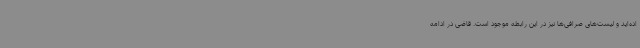
اده‌اید و لیست‌های صرافی‌ها نیز در این رابطه موجود است. قاضی در ادامه